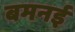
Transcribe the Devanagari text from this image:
बमनई